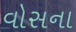
વોસના